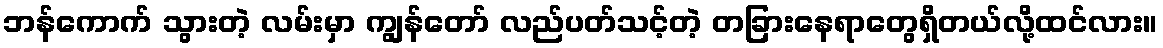
ဘန်ကောက် သွားတဲ့ လမ်းမှာ ကျွန်တော် လည်ပတ်သင့်တဲ့ တခြားနေရာတွေရှိတယ်လို့ထင်လား။